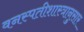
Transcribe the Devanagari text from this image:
वनस्पतीशास्त्रानुसार